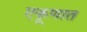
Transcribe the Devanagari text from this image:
एकूणात